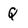
Character: Q